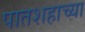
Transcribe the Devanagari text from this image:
पातशहाच्या